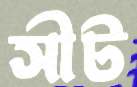
সীট